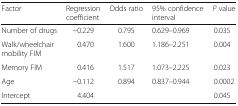
| Factor | Regression coefficient | Odds ratio | 95% confidence interval | P value |
 | --- | --- | --- | --- | --- |
 | Number of drugs | −0.229 | 0.795 | 0.629–0.969 | 0.035 |
 | Walk/wheelchair mobility FIM | 0.470 | 1.600 | 1.186–2.251 | 0.004 |
 | Memory FIM | 0.416 | 1.517 | 1.073–2.225 | 0.023 |
 | Age | −0.112 | 0.894 | 0.837–0.944 | 0.0002 |
 | Intercept | 4.404 |  |  | 0.045 |